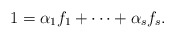
\begin{align*}1=\alpha_1f_1 + \cdots + \alpha_sf_s.\end{align*}